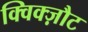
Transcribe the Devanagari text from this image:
क्विक्ज़ौट